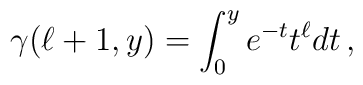
\gamma(\ell+1,y)=\int_0^y e^{-t}t^{\ell}dt\, ,